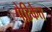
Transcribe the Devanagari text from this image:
पेटिकेत